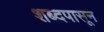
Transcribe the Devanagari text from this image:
शब्दपासून